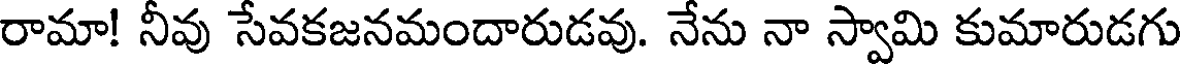
రామా! నీవు సేవకజనమందారుడవు. నేను నా స్వామి కుమారుడగు